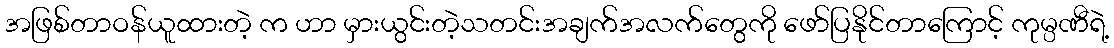
အဖြစ်တာဝန်ယူထားတဲ့ က ဟာ မှားယွင်းတဲ့သတင်းအချက်အလက်တွေကို ဖော်ပြနိုင်တာကြောင့် ကုမ္ပဏီရဲ့